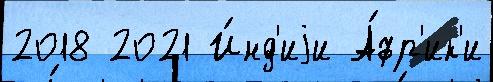
2018 2021 И́нд'иjи А́фр'ик'и